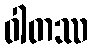
ဝါတဿ